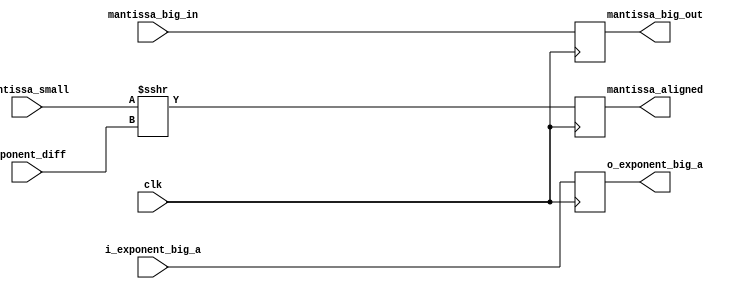
`timescale 1ns / 1ps
//////////////////////////////////////////////////////////////////////////////////
// 
// Design Name: 
// Module Name: fp7_alu_alignment_stage
// Project Name: 
// Target Devices: 
// Tool Versions: 
// Description: 
// 
// Dependencies: 
// 
// Revision:
// Revision 0.01 - File Created
// Additional Comments:
// 
//////////////////////////////////////////////////////////////////////////////////


module fp7_alu_alignment_stage
#(
  parameter EXPONENT_WIDTH = 8,
  parameter MANTISSA_WIDTH = 24
) (
  input  wire clk, //controll signal in
  input  wire i_exponent_big_a,
  input  wire signed [EXPONENT_WIDTH:0] exponent_diff,
  input  wire signed [MANTISSA_WIDTH-1:0] mantissa_big_in, mantissa_small, 
  output reg  o_exponent_big_a,
  output reg  signed [MANTISSA_WIDTH-1:0] mantissa_big_out, mantissa_aligned
);

  always @(posedge clk)
  begin
    mantissa_aligned <= mantissa_small >>> exponent_diff; //arthmetic shift right
    mantissa_big_out <= mantissa_big_in;
    o_exponent_big_a <= i_exponent_big_a;
  end
  
endmodule